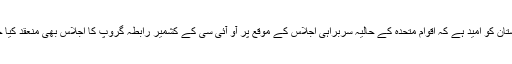
البتہ پاکستان کو امید ہے کہ اقوام متحدہ کے حالیہ سربراہی اجلاس کے موقع پر آو آئی سی کے کشمیر رابطہ گروپ کا اجلاس بھی منعقد کیا جائے گا۔